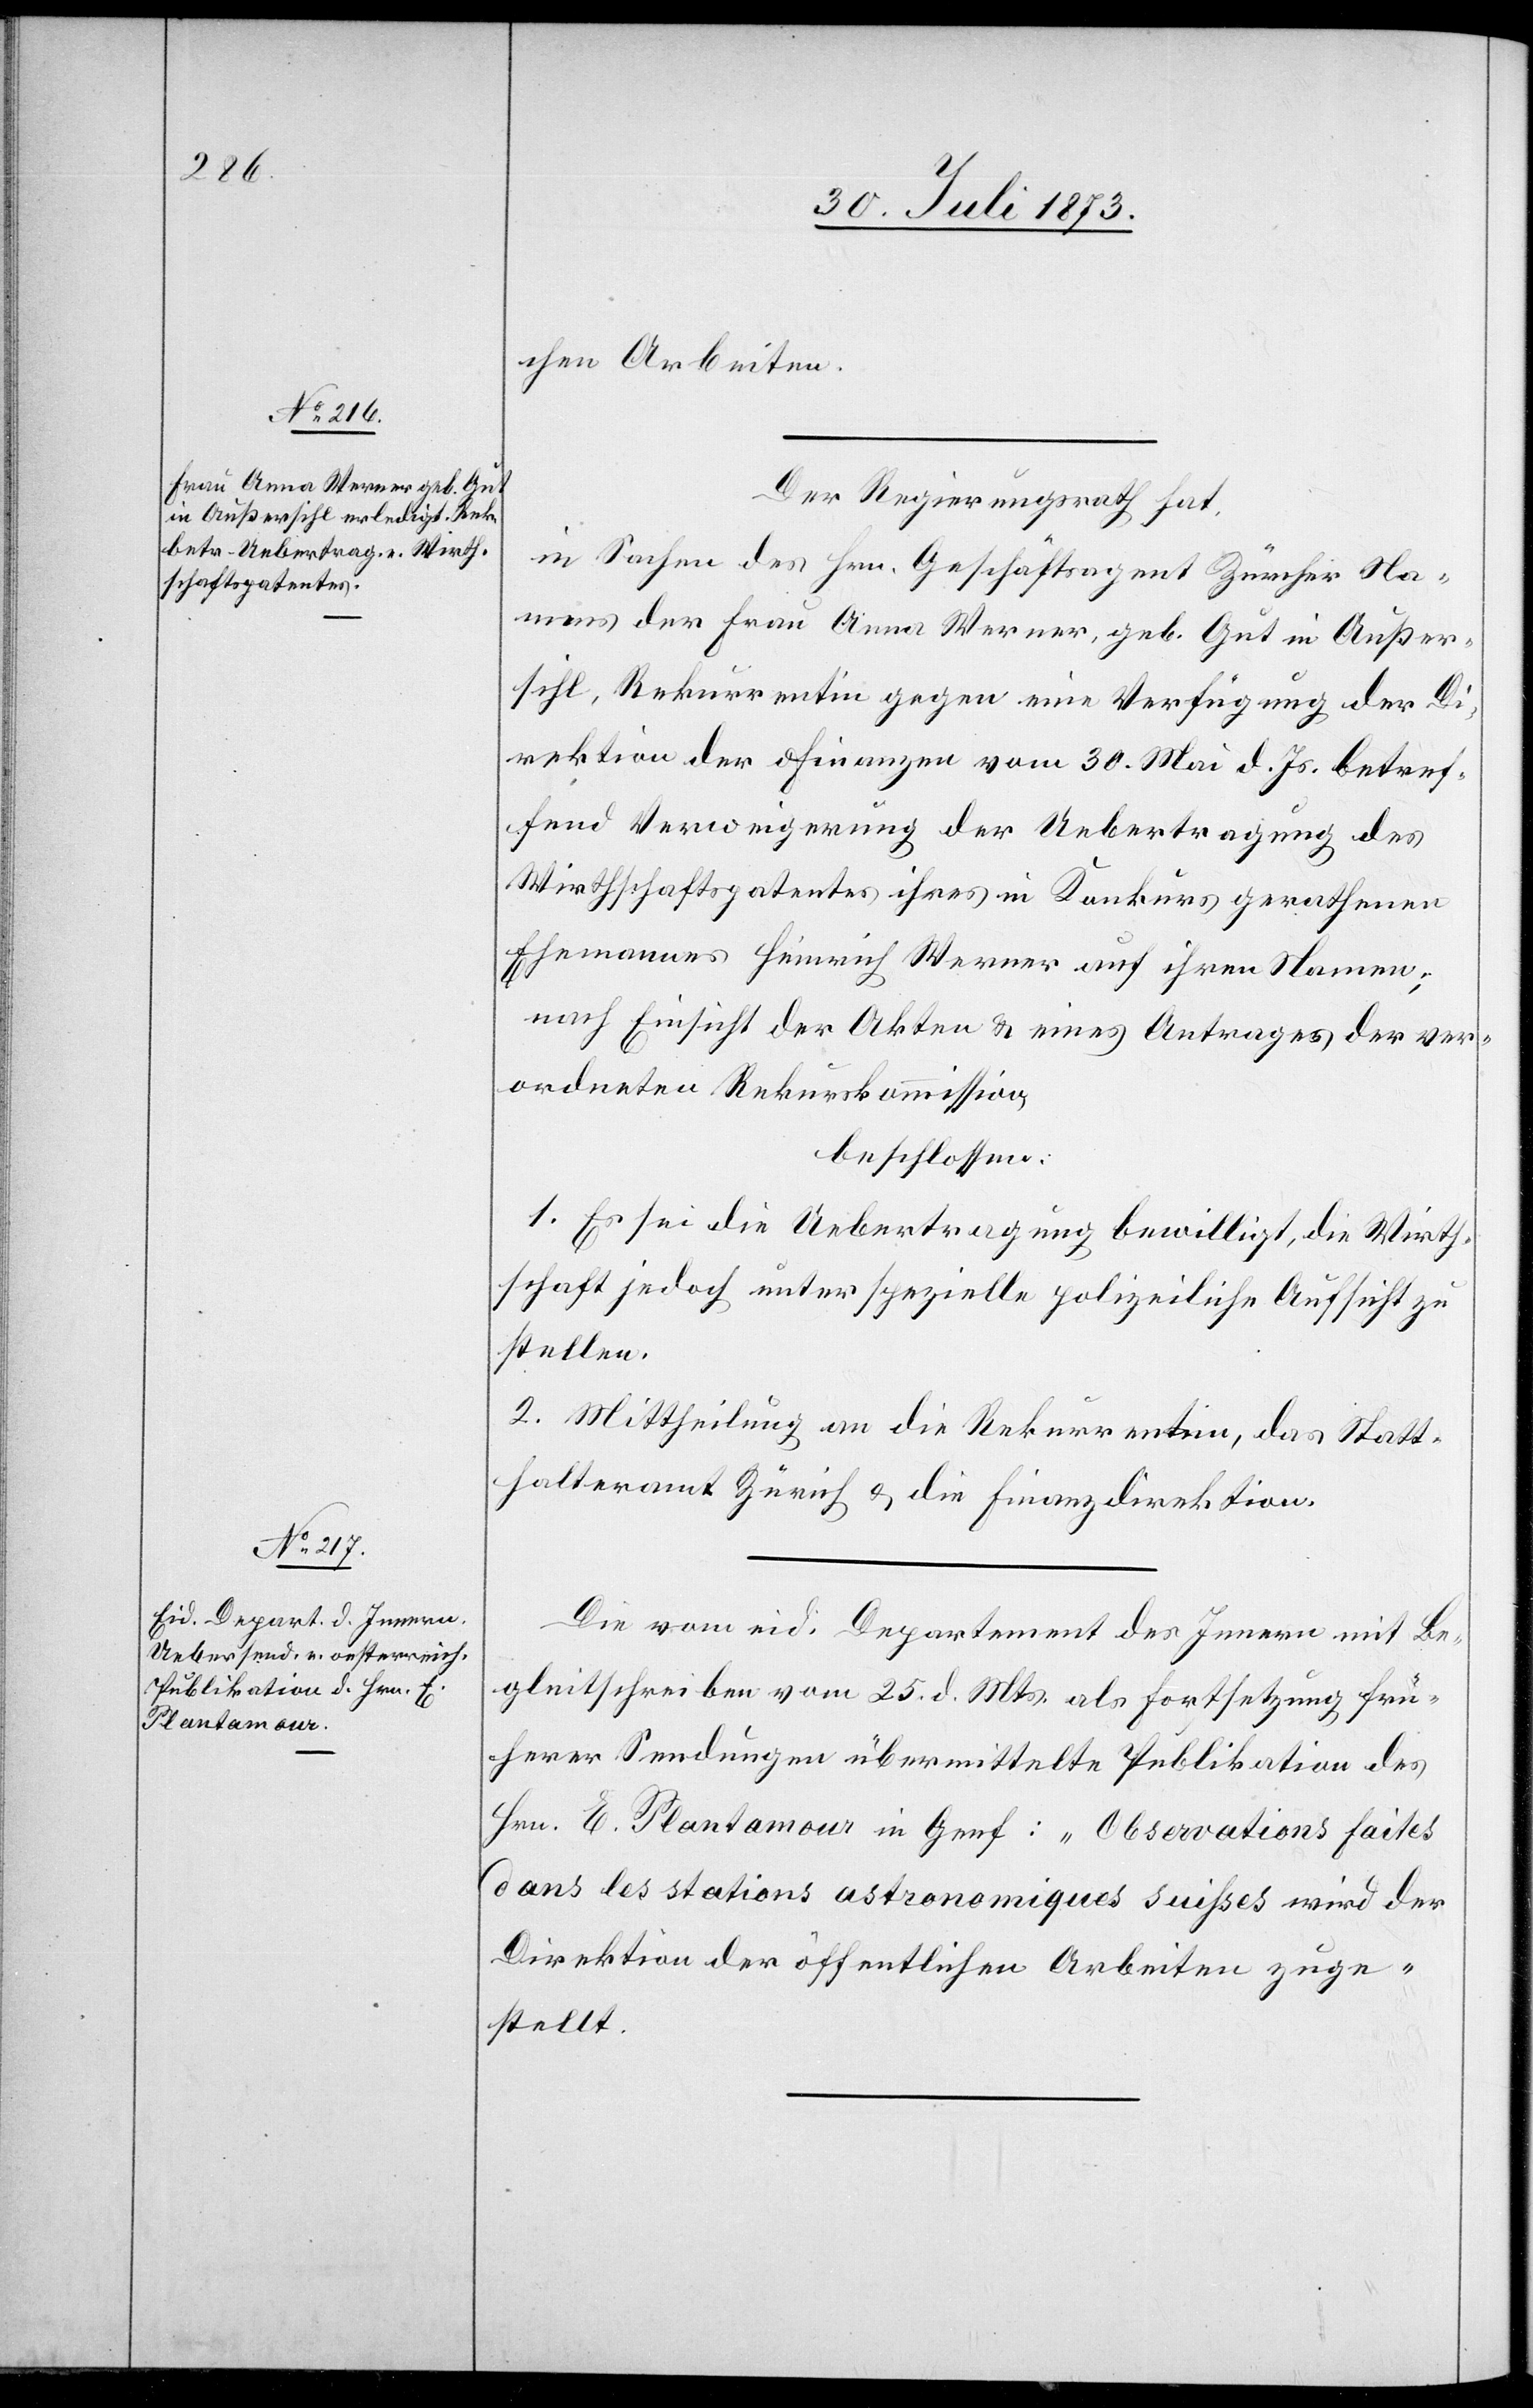
chen Arbeiten.
Der Regierungsrath hat,
in Sachen des Hrn. Geschäftsagent Zürcher Na¬
mens der Frau Anna Werner, geb. Gut in Außer¬
sihl, Rekurrentin gegen eine Verfügung der D¬
irektion der Finanzen vom 30. Mai d. Js. betref¬
fend Verweigerung der Uebertragung des
Wirthschaftspatentes ihres in Konkurs gerathenen
Ehemannes Heinrich Werner auf ihren Namen;
nach Einsicht der Akten & eines Antrages der ver¬
ordneten Rekurskommission,
beschlossen:
1. Es sei die Uebertragung bewilligt, die Wirth¬
schaft jedoch unter spezielle polizeiliche Aufsicht zu
stellen.
2. Mittheilung an die Rekurrentin, das Statt¬
halteramt Zürich & die Finanzdirektion.
Die vom eid. Departement des Innern mit Be¬
gleitschreiben vom 25. d. Mts. als Fortsetzung frü¬
herer Sendungen übermittelte Publikation des
Hrn. E. Plantamour in Genf: „Observations faites
dans les stations astronomiques suisses“ wird der
Direktion der öffentlichen Arbeiten zuge¬
stellt.